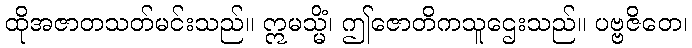
ထိုအဇာတသတ်မင်းသည်။ ဣမသ္မိံ၊ ဤဇောတိကသူဌေးသည်။ ပဗ္ဗဇိတေ၊